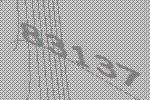
83137